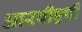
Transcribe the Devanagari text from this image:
आरपीएपी